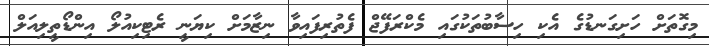
މިގޮތަށް ހަށިގަނޑުގެ އެކި ހިސާބުތަކުގައި މެކްރަފޭޖް ފެތުރިފައިވާ ނިޒާމަށް ކިޔަނީ ރެޓިކިއުލޯ އިންޑޯތީލިއަލް